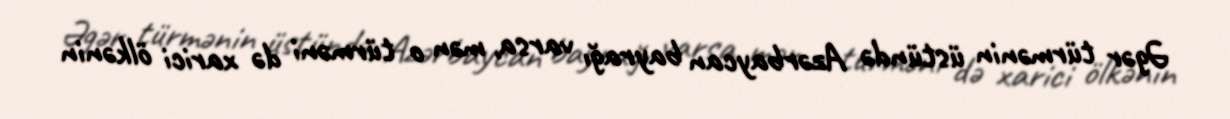
Əgər türmənin üstündə Azərbaycan bayrağı varsa, mən o türməni də xarici ölkənin